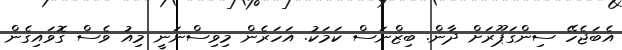
އެބަޖެހޭ ސިންގަޕޫރަށް ދާން. ބިޒްނަސް ކަމަކު. އަހަރެން މިވިސްނަނީ މިއު ވެސް ގޮވައިގެން